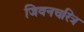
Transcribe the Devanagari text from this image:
जिवनचरित्र